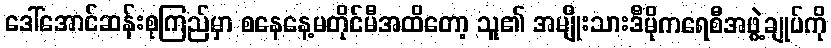
ဒေါ်အောင်ဆန်းစုကြည်မှာ စနေနေ့မတိုင်မီအထိတော့ သူ၏ အမျိုးသားဒီမိုကရေစီအဖွဲ့ချုပ်ကို